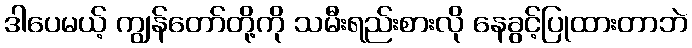
ဒါပေမယ့် ကျွန်တော်တို့ကို သမီးရည်းစားလို နေခွင့်ပြုထားတာဘဲ